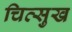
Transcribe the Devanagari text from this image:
चित्सुख